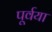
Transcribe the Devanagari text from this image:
पूर्वया